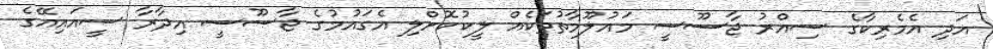
އަދި އެމެރިކާގެ ސިއްރު ޖާސޫސީ މައުލޫމާތުތަކެއް ލީކުކޮށްލި އެގައުމުގެ ޖާސޫސީ އިދާރާ ސީއައިއޭގެ